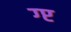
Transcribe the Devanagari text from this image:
ग्प्ट